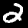
Digit: 2